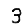
Digit: 3